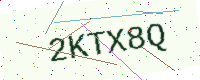
Text: 2KTX8Q